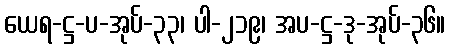
ယေရ-ဋ္ဌ-ပ-အုပ်-၃၃၊ ပါ-၂၁၉၊ အပ-ဋ္ဌ-ဒု-အုပ်-၃၆။